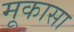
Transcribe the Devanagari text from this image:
मूकासा